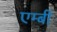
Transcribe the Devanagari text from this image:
एम्बी